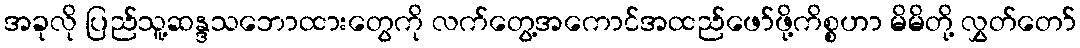
အခုလို ပြည်သူ့ဆန္ဒသဘောထားတွေကို လက်တွေ့အကောင်အထည်ဖော်ဖို့ကိစ္စဟာ မိမိတို့ လွှတ်တော်